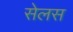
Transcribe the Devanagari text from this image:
सेलस